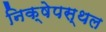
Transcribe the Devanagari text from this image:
निक्षेपस्थल